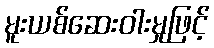
မူးယစ်ဆေးဝါးမှုဖြင့်